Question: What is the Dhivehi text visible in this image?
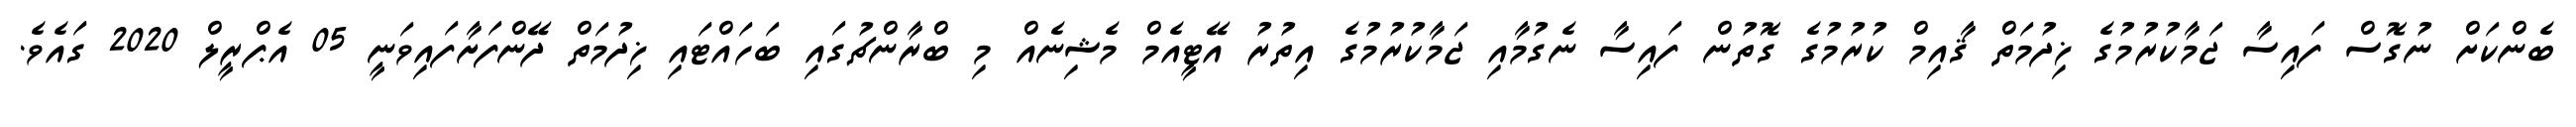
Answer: ބެންކަށް ނުގޮސް ފައިސާ ޖަމާކުރުމުގެ ޚިދުމަތް ޤާއިމް ކުރުމުގެ ގޮތުން ފައިސާ ނެގުމާއި ޖަމާކުރުމުގެ އިތުރު އޭޓީއެމް މެޝިނެއް މި ބްރާންޗުގައި ބަހައްޓައި ޚިދުމަތް ދޭންފަށާފައިވަނީ 05 އެޕްރީލް 2020 ގައެވެ.